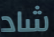
شاد